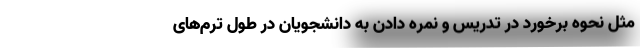
مثل نحوه برخورد در تدریس و نمره دادن به دانشجویان در طول ترم‌های